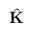
\hat { \mathbf { K } }